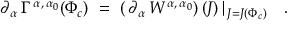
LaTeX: \partial _ { \alpha } \, \Gamma ^ { \, \alpha , \, \alpha _ { 0 } } ( \Phi _ { c } ) \ = \ \left( \, \partial _ { \alpha } \, W ^ { \, \alpha , \, \alpha _ { 0 } } \right) ( J ) \, \vert _ { \, J = J ( \Phi _ { c } ) } \quad .